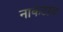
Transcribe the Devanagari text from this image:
नाकटाव